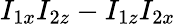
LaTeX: I_{1x}I_{2z}-I_{1z}I_{2x}